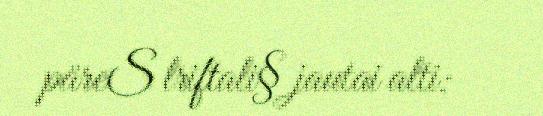
päreS lriftali§ jautai alti: